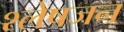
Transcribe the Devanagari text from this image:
श्लेषजन